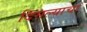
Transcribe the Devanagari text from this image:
दिसल्याचा